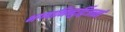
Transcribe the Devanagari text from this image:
भगवानिन्दुर्द्विजानां